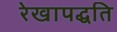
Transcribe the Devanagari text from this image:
रेखापद्धति